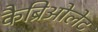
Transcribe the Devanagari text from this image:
कैब्रिओलेट